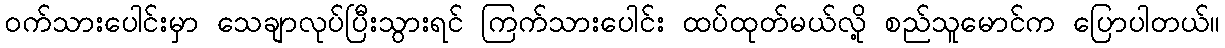
ဝက်သားပေါင်းမှာ သေချာလုပ်ပြီးသွားရင် ကြက်သားပေါင်း ထပ်ထုတ်မယ်လို့ စည်သူမောင်က ပြောပါတယ်။